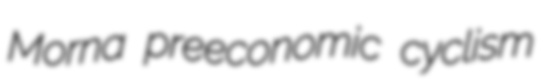
Morna preeconomic cyclism